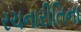
રચનારીતિના